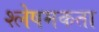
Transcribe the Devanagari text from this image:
श्लेषमकता